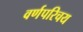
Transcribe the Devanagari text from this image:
वर्णपरिचय